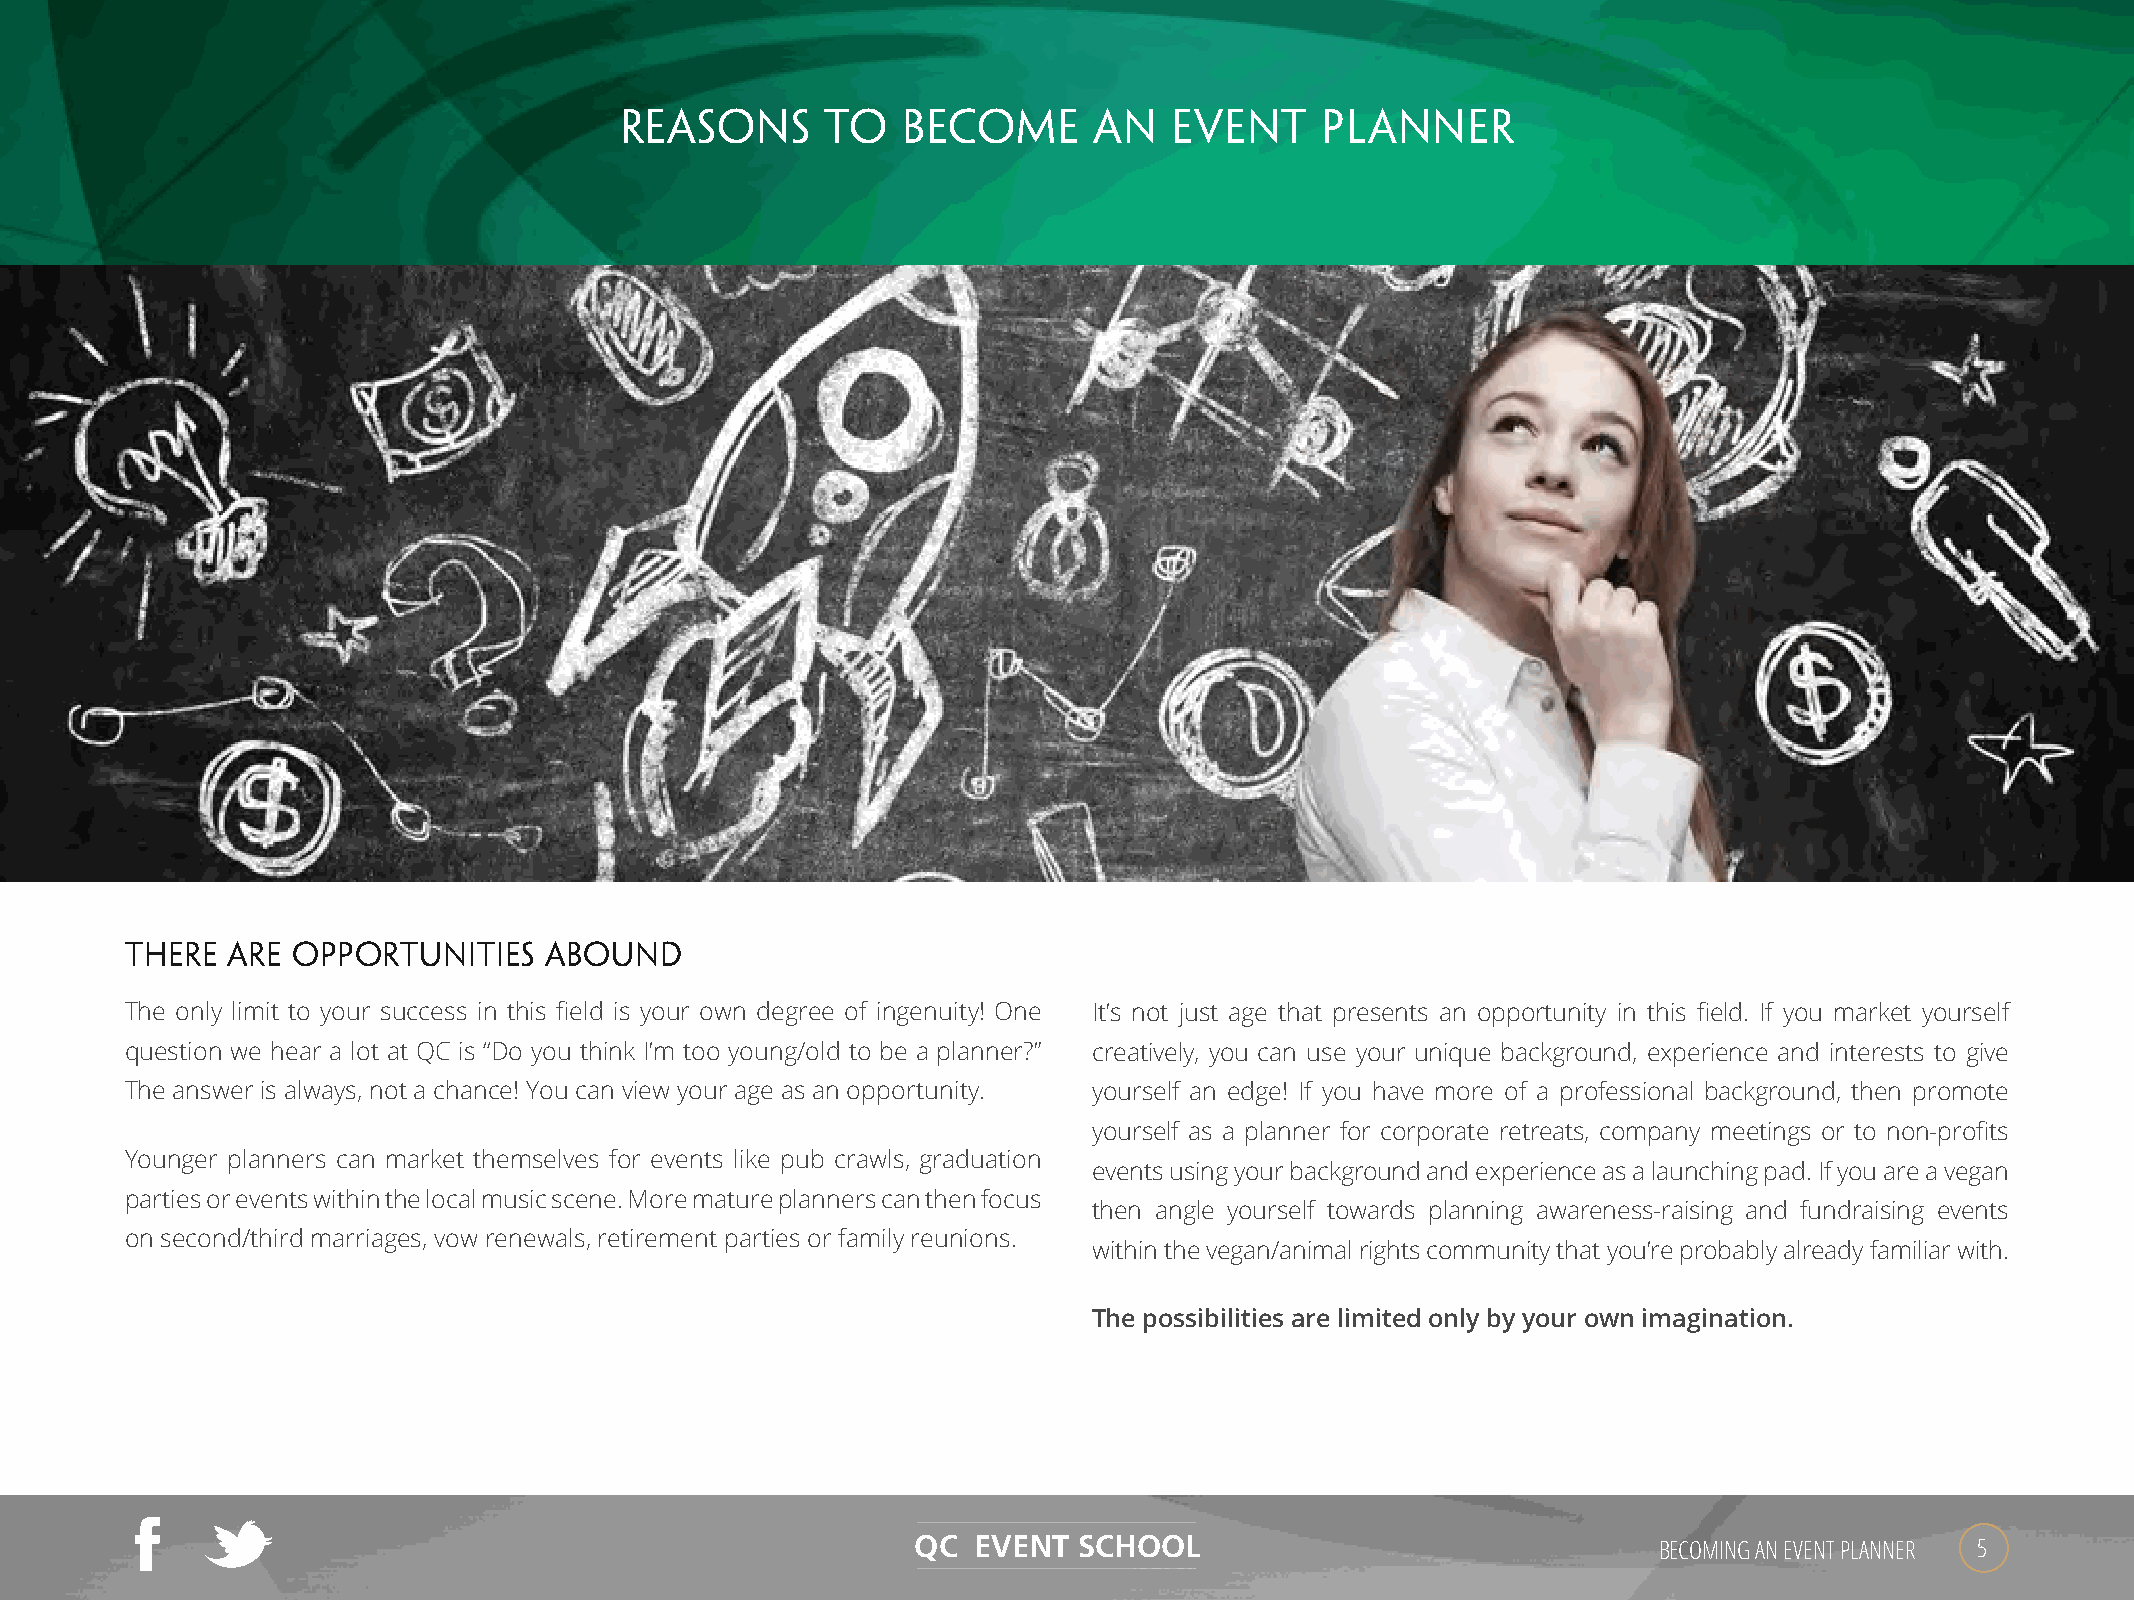
REASONS       TO   BECOME      AN    EVENT    PLANNER
 THERE  ARE OPPORTUNITIES    ABOUND
 The only limit to your success in this field is your own degree of ingenuity! One It’s not just age that presents an opportunity in this field. If you market yourself
 question we hear a lot at QC is “Do you think I’m too young/old to be a planner?” creatively, you can use your unique background, experience and interests to give
 The answer is always, not a chance! You can view your age as an opportunity. yourself an edge! If you have more of a professional background, then promote
 yourself as a planner for corporate retreats, company meetings or to non-profits
 Younger planners can market themselves for events like pub crawls, graduation
 events using your background and experience as a launching pad. If you are a vegan
 parties or events within the local music scene. More mature planners can then focus
 then angle yourself towards planning awareness-raising and fundraising events
 on second/third marriages, vow renewals, retirement parties or family reunions.
 within the vegan/animal rights community that you’re probably already familiar with.
 The possibilities are limited only by your own imagination.
 QC EVENT  SCHOOL                                 BECOMING AN EVENT PLANNER 5